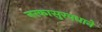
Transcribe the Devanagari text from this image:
नरकासुरवधाने